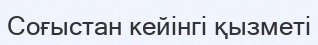
Соғыстан кейінгі қызметі